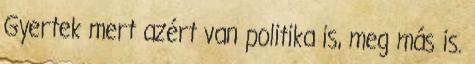
Gyertek mert azért van politika is, meg más is.